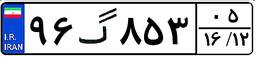
۸۶گ۹۶۸۱۸